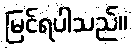
မြင်ရပါသည်။